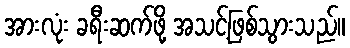
အားလုံး ခရီးဆက်ဖို့ အသင့်ဖြစ်သွားသည်။